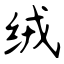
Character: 绒